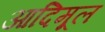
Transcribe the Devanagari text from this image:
आदिमूल